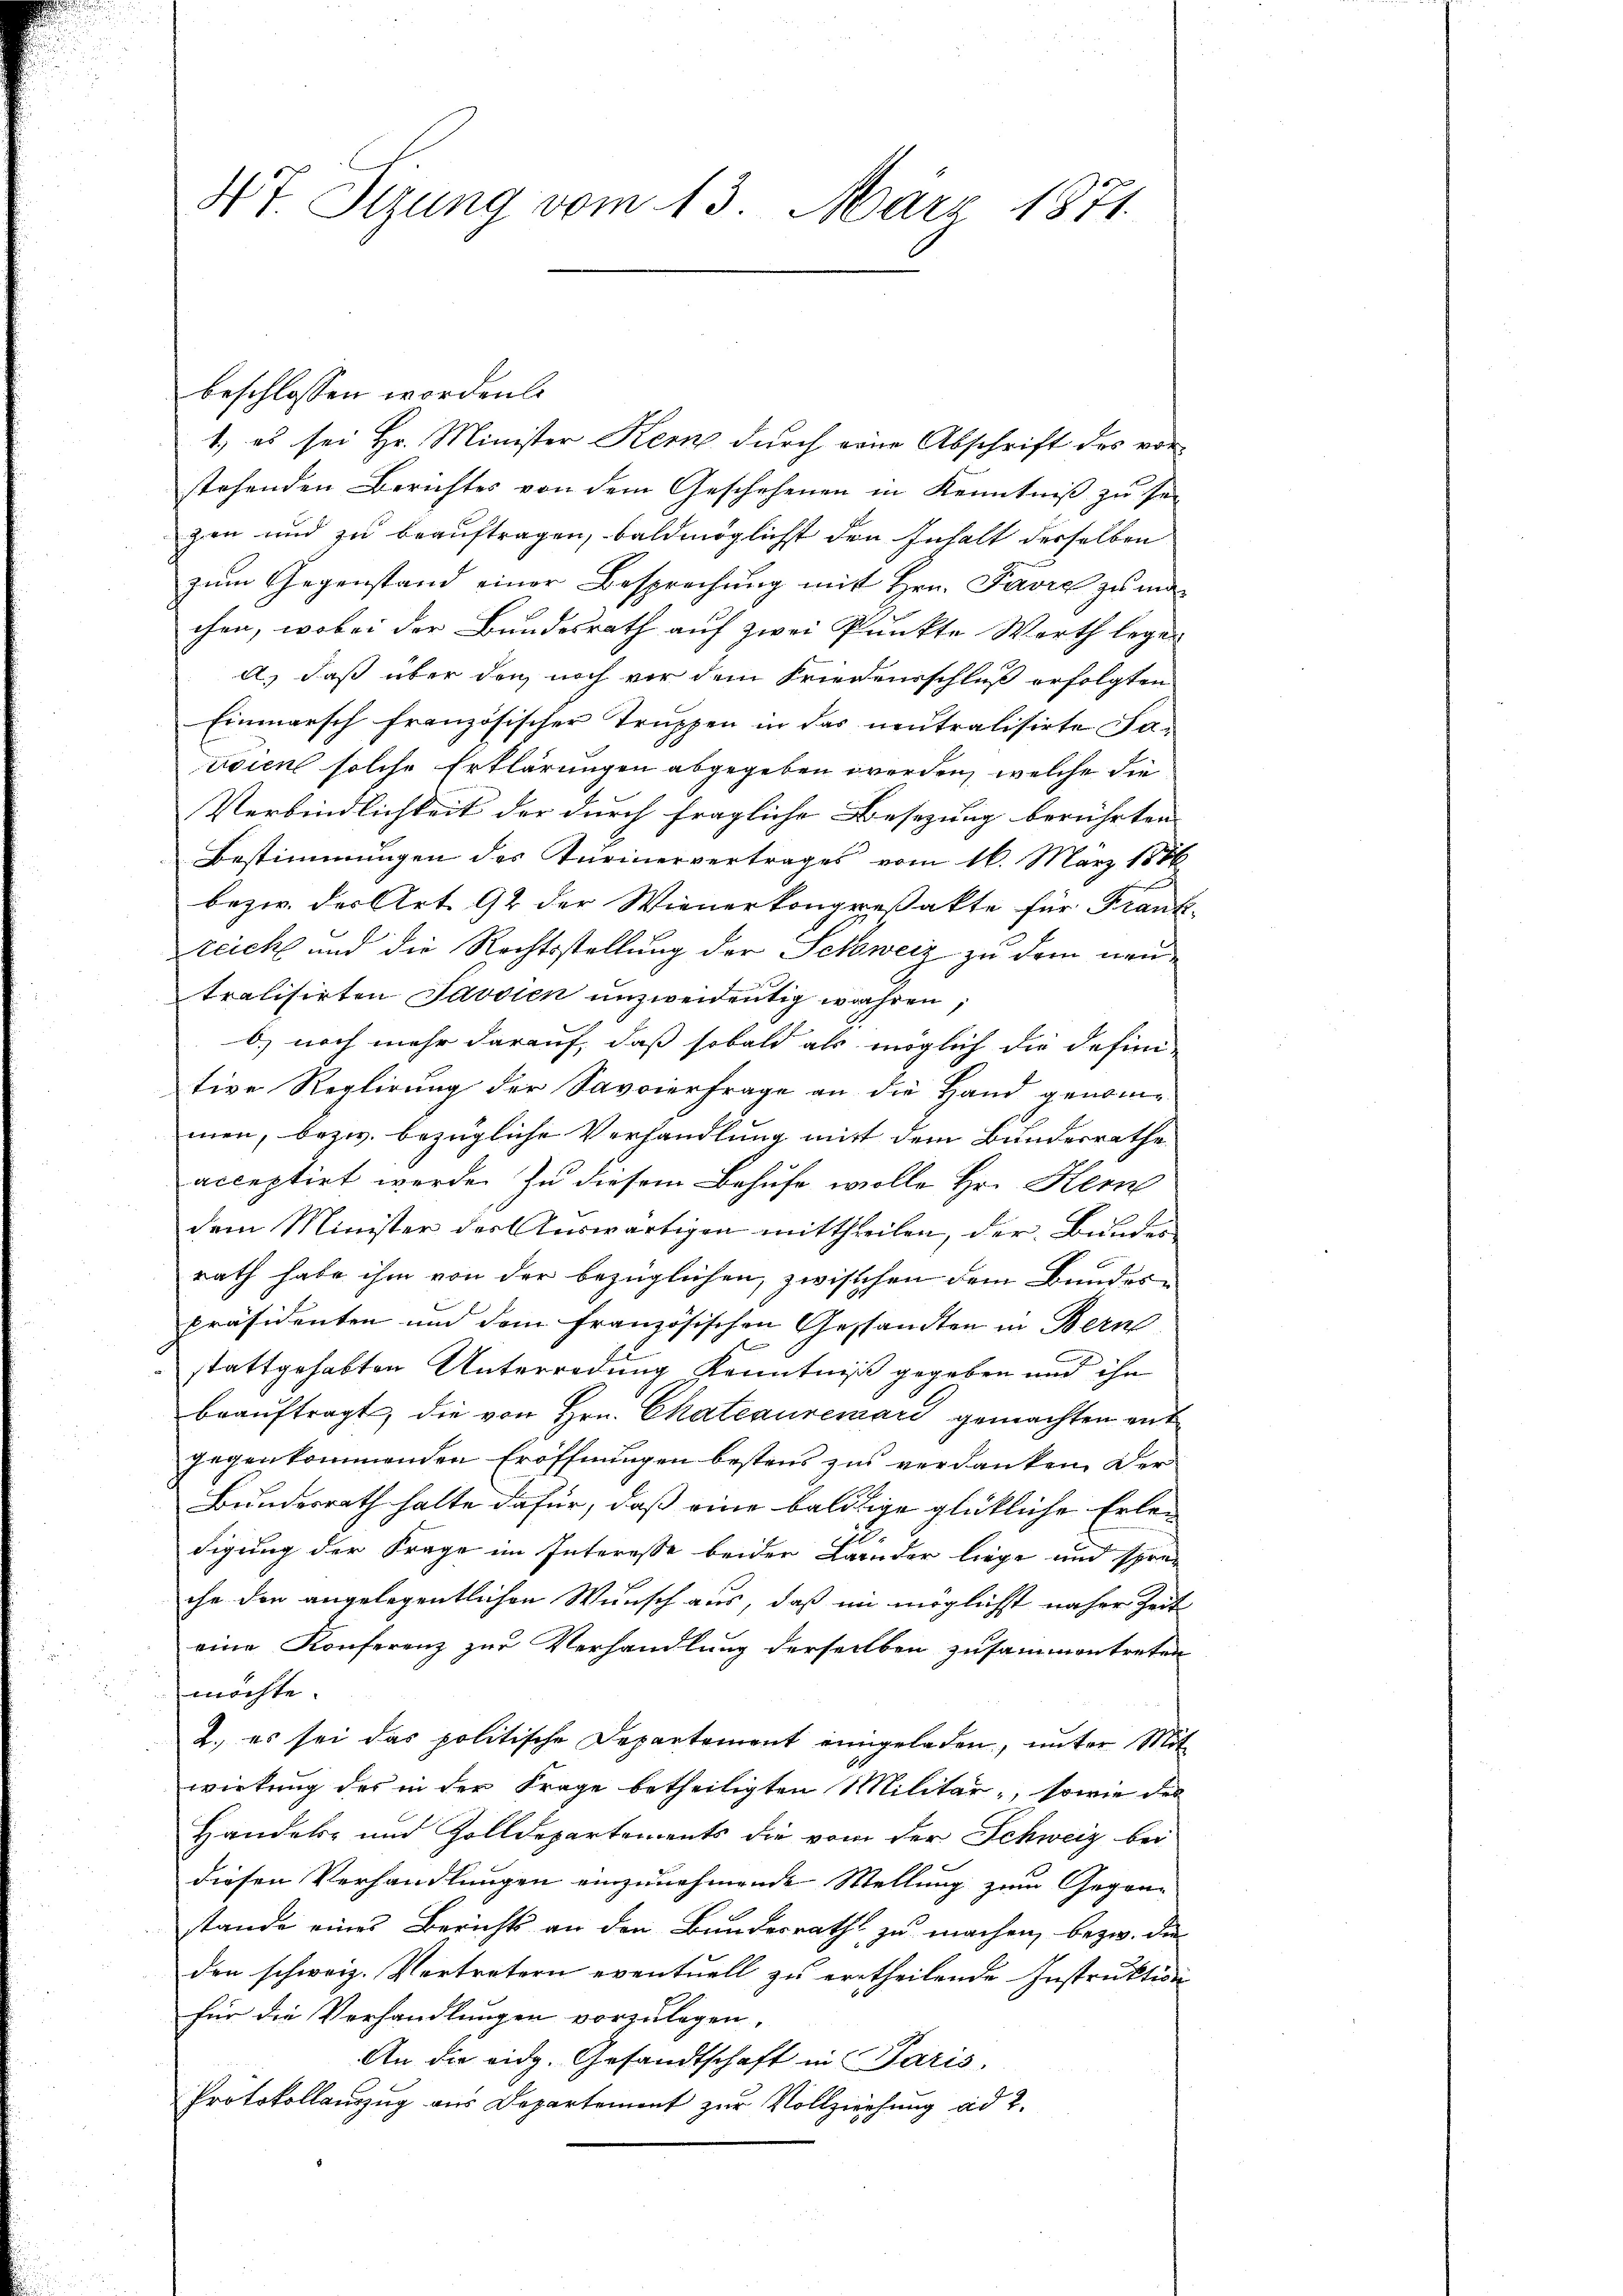
4t. Sizung vom 13. März 1871.

beschlossen worden
1., es sei Hr. Minister Kern durch eine Abschrift des vorstehenden Berichtes von dem Geschehenen in Kenntniß zu sei
zen und zu beauftragen, baldmöglicht den Inhalt derselben
zum Gegenstand einer Besprechung mit Hrn. Favre zu machen, wobei der Bundesrath auf zwei Punkte Werth legen
a.) daß über den noch vor dem Friedensschluß erfolgten
Einmarsch französischer Truppen in das neutralisirte Satdien solche Erklärungen abgegeben werden, welche die
Verbindlichkeit der durch fragliche Besezung berührten
Bestimmungen des Turinervertrages vom 16. März 1886
bezw. des Art. 92 der Wienerkongreßakte für Frank-
zeich und die Rechtsstellung der Schweiz zu dem neutralisirten Javsien unzweidentig wahren,
b) noch mehr darauf, daß sobald als möglich die defini-
tive Reglirung der Savoierfrage an die Hand genommen, bezw. bezügliche Verhandlung mit dem Bundesrathe
acceptirt werde zu diesem Behufe wolle Hr. Kern
dem Minister der Auswärtigen mittheilen, der Bunden
rath habe ihm von der bezüglichen, zwischen dem Bundes-
Präsidenten und dem französischen Gesandten in Bern
e
stattgehabten Unterredung Kenntniß gegeben und ihn
beauftragt, die von Hrn. Chateauremari gemachten ent
gegenkommenden Eröffnungen bestens zu verdanken. Der
Bundesrath halte dafür, daß eine baldige glückliche Erledigung der Frage im Interesse beider Lander liege und spreche der angelegentlichen Wunsch aus, daß in möglichst näher Zeit
eine Konferenz zur Verhandlung derselben zusammentreten
möchte.
2. es sei das politische Departement eingeladen, unter Mit
wirkung des in der Frage betheiligten Militär, sowie des
Handels- und Zolldepartements die vom der Schweiz bei
diesen Verhandlungen einzunehmende Stellung zum Gegenstande eines Berichts an den Bundesrath zu machen, bezw. die
den schweiz. Vertretern eventuell zu ertheilende Instruktion
für die Verhandlungen vorzulegen.
An die eidg. Gesandtschaft in Paris,
Protokollauszug aus Departement zur Vollziehung ad 2.